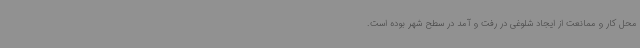
محل کار و ممانعت از ایجاد شلوغی در رفت و آمد در سطح شهر بوده است.